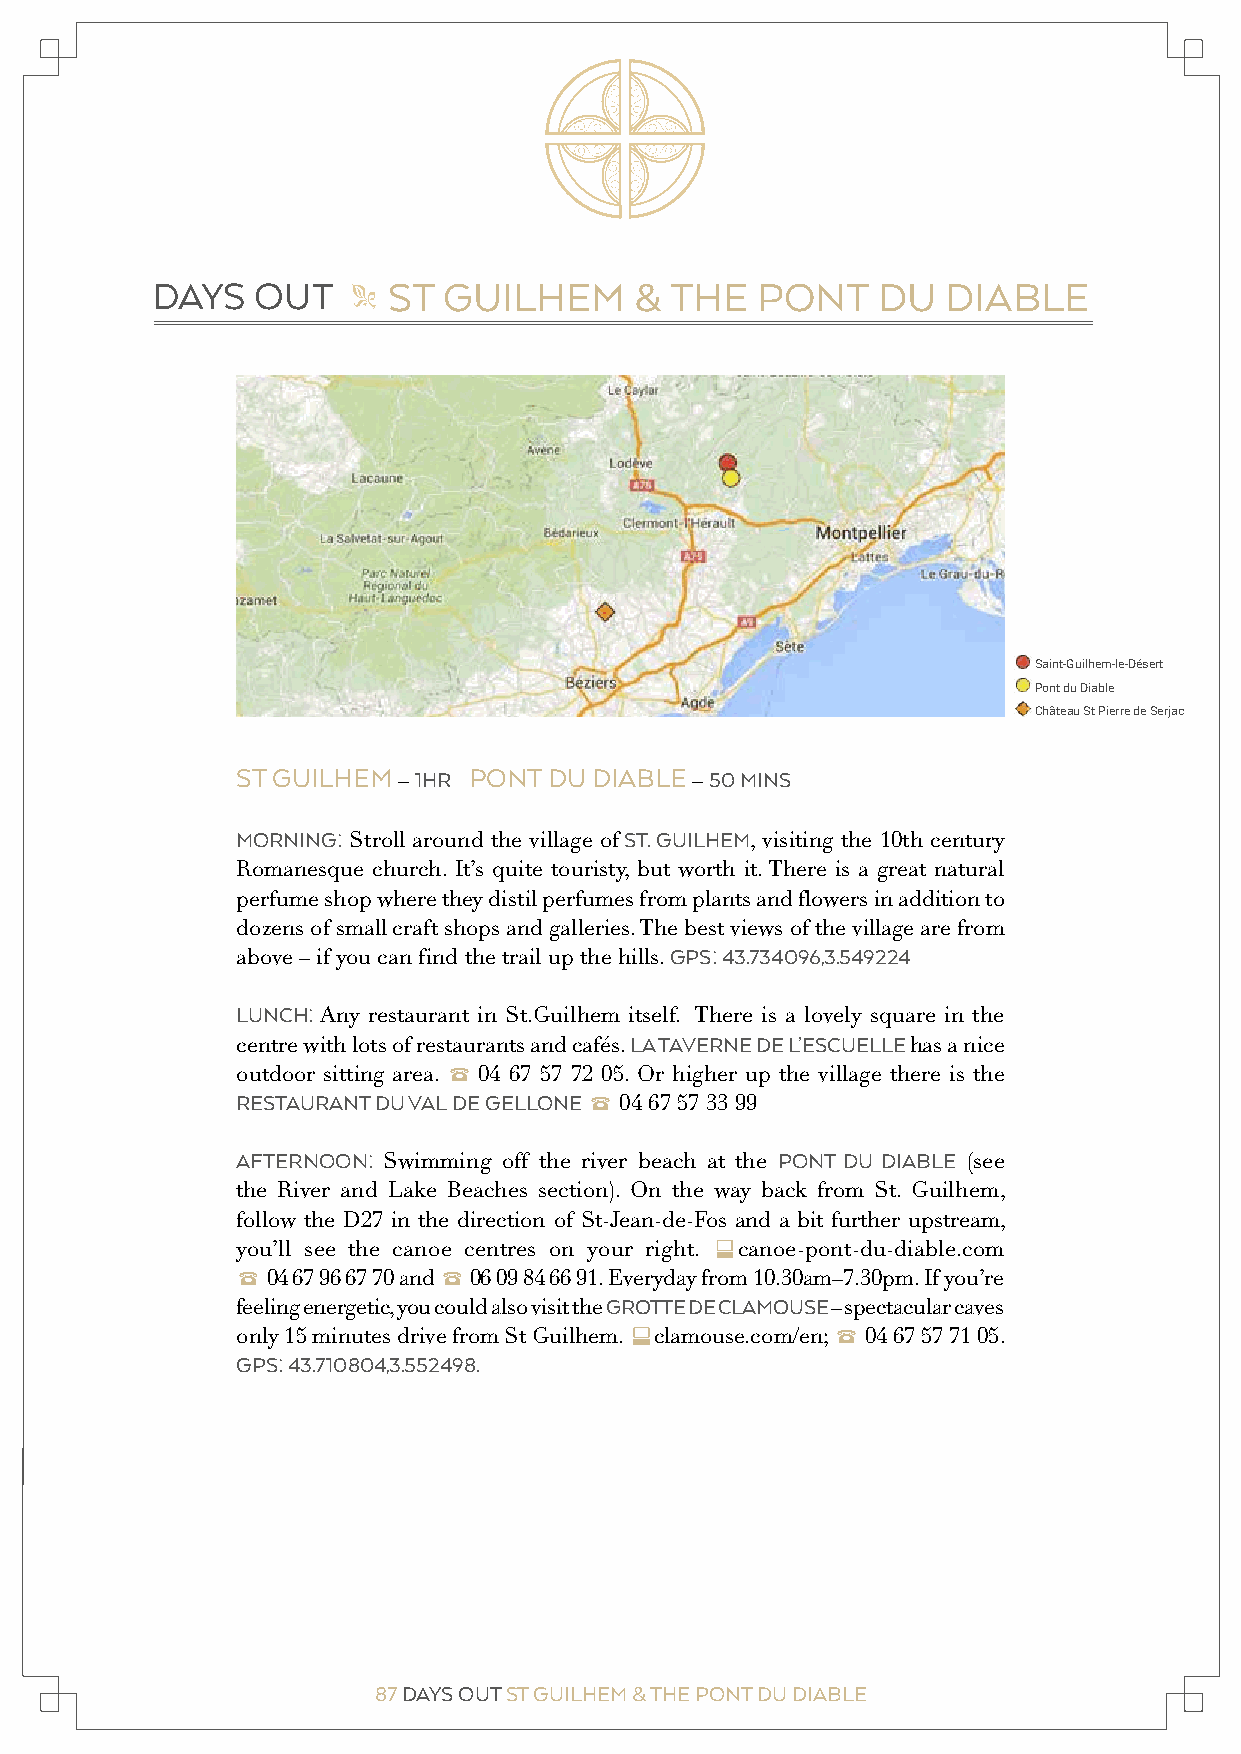
SPS st Guilhem
 DAYS OUT MONTPELLIER DAYS OUT ST GUILHEM  & THE   PONT    DU   DIABLE
 "                      "
 Untitled layer
 Saint-Guilhem-le-Désert
 Pont du Diable
 Château St Pierre de Serjac
 SPS  st Guilhem
 Untitled layer
 Saint-Guilhem-le-Désert
 Pont du Diable
 Château St Pierre de Serjac
 ST GUILHEM – 1HR PONT DU DIABLE – 50 MINS
 MORNING: Stroll around the village of ST. GUILHEM, visiting the 10th century
 Romanesque church. It’s quite touristy, but worth it. There is a great natural
 perfume shop where they distil perfumes from plants and flowers in addition to
 dozens of small craft shops and galleries. The best views of the village are from
 above – if you can find the trail up the hills. GPS: 43.734096,3.549224
 LUNCH: Any restaurant in St.Guilhem itself. There is a lovely square in the
 centre with lots of restaurants and cafés. LA TAVERNE DE L’ESCUELLE has a nice
 outdoor sitting area. 2 04 67 57 72 05. Or higher up the village there is the
 RESTAURANT DU VAL DE GELLONE 2 04 67 57 33 99
 AFTERNOON: Swimming off the river beach at the PONT DU DIABLE (see
 the River and Lake Beaches section). On the way back from St. Guilhem,
 follow the D27 in the direction of St-Jean-de-Fos and a bit further upstream,
 you’ll see the canoe centres on your right. ccanoe-pont-du-diable.com
 2 04 67 96 67 70 and 2 06 09 84 66 91. Everyday from 10.30am–7.30pm. If you’re
 feeling energetic, you could also visit the GROTTE DE CLAMOUSE – spectacular caves
 only 15 minutes drive from St Guilhem. cclamouse.com/en; 2 04 67 57 71 05.
 GPS: 43.710804,3.552498.
 87 DAYS OUT ST GUILHEM & THE PONT DU DIABLE